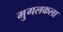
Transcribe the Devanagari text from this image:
मुगलकला